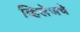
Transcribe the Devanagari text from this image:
व्हिलेजचे